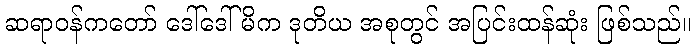
ဆရာဝန်ကတော် ဒေါ်ဒေါ်မိက ဒုတိယ အစုတွင် အပြင်းထန်ဆုံး ဖြစ်သည်။